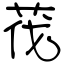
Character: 茷